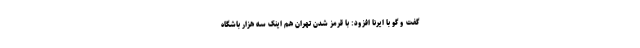
گفت و گو با ایرنا افزود: با قرمز شدن تهران هم اینک سه هزار باشگاه